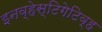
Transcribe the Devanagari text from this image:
इनव्हेस्टिगेटिव्ह